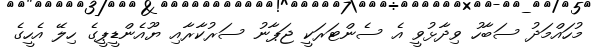
މުހައްމަދު ސަބާހު ވިދާޅުވީ އެ ސެންޓަރަކީ ޖަޕާނު ސަރުކާރާއި ޔޫއެންޑީޕީގެ ހިލޭ އެހީގެ